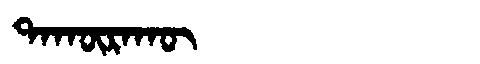
Manchu: ᡨᠠᡴᡡᡵᠠᡴᡡ
Romanization: TAKŪRAKŪ